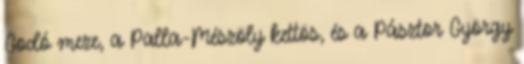
Godó meze, a Palla-Mészöly kettös, és a Pásztor György